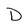
Character: D